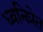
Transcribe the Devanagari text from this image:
ध्वनिप्रेत